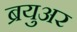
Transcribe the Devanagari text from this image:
ब्रयुअर